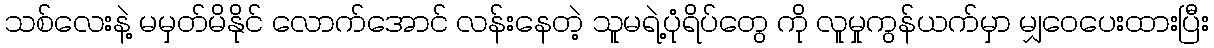
သစ်လေးနဲ့ မမှတ်မိနိုင် လောက်အောင် လန်းနေတဲ့ သူမရဲ့ပုံရိပ်တွေ ကို လူမှုကွန်ယက်မှာ မျှဝေပေးထားပြီး